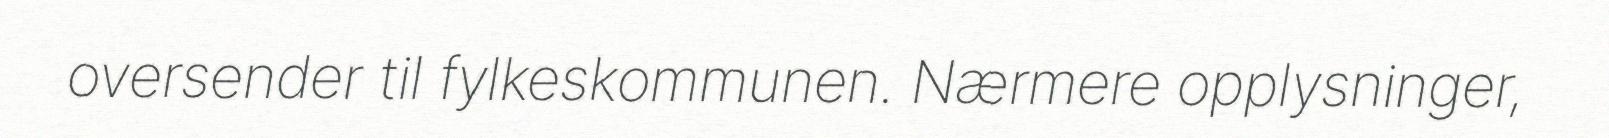
oversender til fylkeskommunen. Nærmere opplysninger,